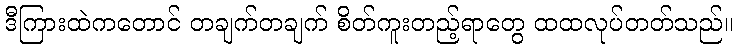
ဒီကြားထဲကတောင် တချက်တချက် စိတ်ကူးတည့်ရာတွေ ထထလုပ်တတ်သည်။